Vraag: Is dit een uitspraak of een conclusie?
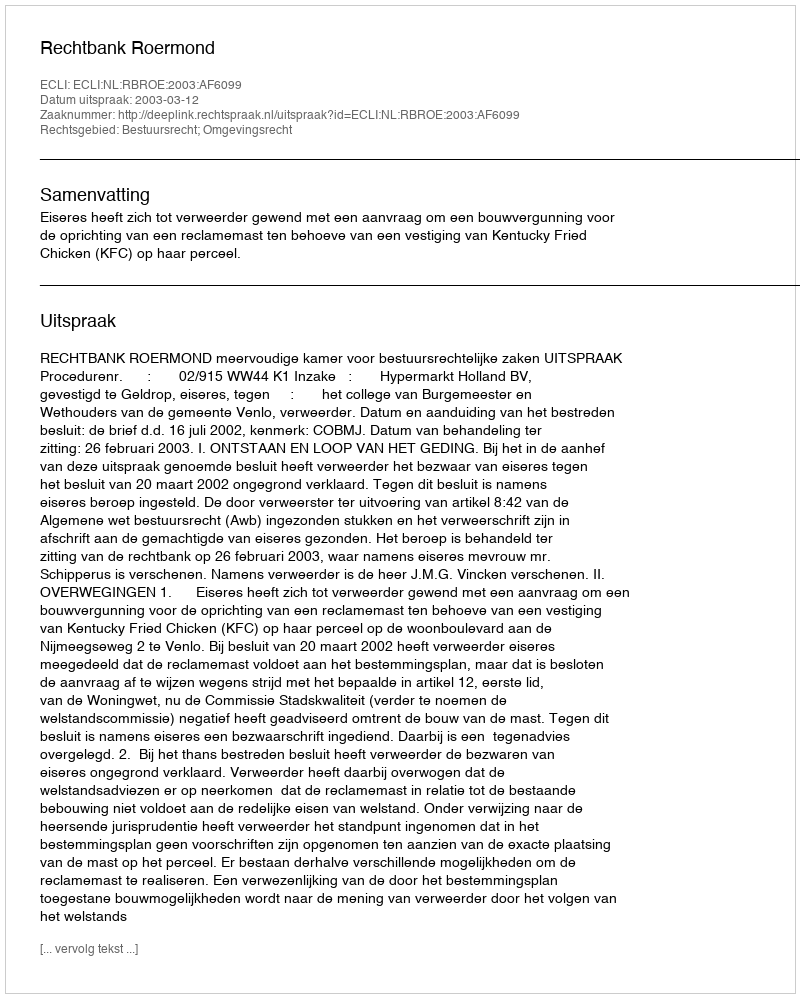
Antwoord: Uitspraak